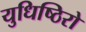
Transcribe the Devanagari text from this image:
युधिष्ठिरो